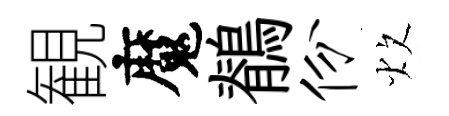
観魔鶺份炊